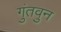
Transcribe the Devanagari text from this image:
गुंतवुन